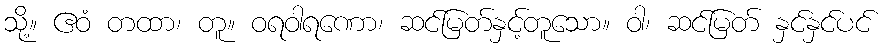
သို့။ ဧဝံ တထာ၊ တူ။ ဝရဝါရဏော၊ ဆင်မြတ်နှင့်တူသော။ ဝါ၊ ဆင်မြတ် နှင်နှင်ပင်